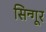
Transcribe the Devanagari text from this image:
सिन्गूर